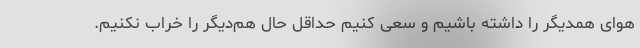
هوای همدیگر را داشته باشیم و سعی کنیم حداقل حال هم‌دیگر را خراب نکنیم.